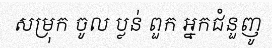
សម្រុក ចូល ប្លន់ ពួក អ្នកជំនួញូ